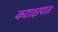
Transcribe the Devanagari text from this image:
कटाक्षपात